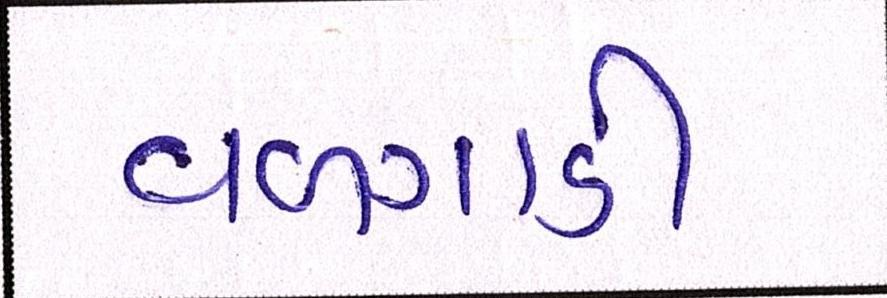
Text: વળગાડી